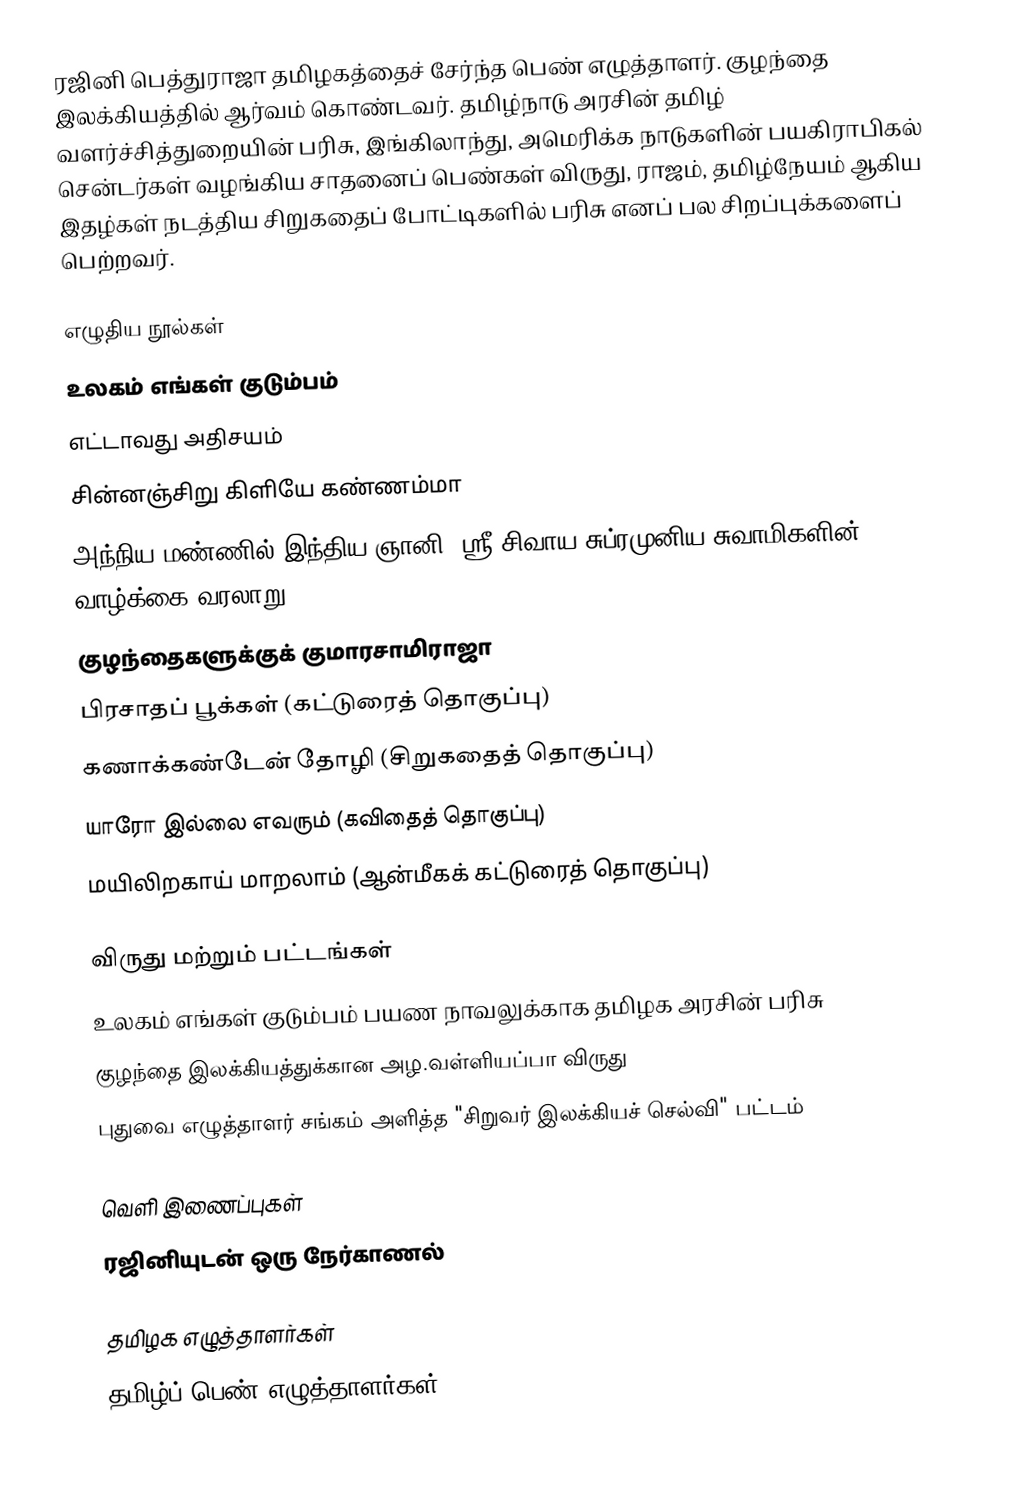
ரஜினி பெத்துராஜா  தமிழகத்தைச் சேர்ந்த பெண் எழுத்தாளர். குழந்தை இலக்கியத்தில் ஆர்வம் கொண்டவர்.  தமிழ்நாடு அரசின் தமிழ் வளர்ச்சித்துறையின் பரிசு, இங்கிலாந்து, அமெரிக்க நாடுகளின் பயகிராபிகல் சென்டர்கள் வழங்கிய சாதனைப் பெண்கள் விருது, ராஜம், தமிழ்நேயம் ஆகிய இதழ்கள் நடத்திய சிறுகதைப் போட்டிகளில் பரிசு எனப் பல சிறப்புக்களைப் பெற்றவர்.

எழுதிய நூல்கள்
உலகம் எங்கள் குடும்பம்
எட்டாவது அதிசயம்
சின்னஞ்சிறு கிளியே கண்ணம்மா
அந்நிய மண்ணில் இந்திய ஞானி (ஸ்ரீ சிவாய சுப்ரமுனிய சுவாமிகளின் வாழ்க்கை வரலாறு)
குழந்தைகளுக்குக் குமாரசாமிராஜா
பிரசாதப் பூக்கள் (கட்டுரைத் தொகுப்பு)
கணாக்கண்டேன் தோழி (சிறுகதைத் தொகுப்பு)
யாரோ இல்லை எவரும் (கவிதைத் தொகுப்பு)
மயிலிறகாய் மாறலாம் (ஆன்மீகக் கட்டுரைத் தொகுப்பு)

விருது மற்றும் பட்டங்கள்
உலகம் எங்கள் குடும்பம் பயண நாவலுக்காக தமிழக அரசின் பரிசு
குழந்தை இலக்கியத்துக்கான அழ.வள்ளியப்பா விருது
புதுவை எழுத்தாளர் சங்கம் அளித்த "சிறுவர் இலக்கியச் செல்வி" பட்டம்

வெளி இணைப்புகள்
 ரஜினியுடன் ஒரு நேர்காணல்

தமிழக எழுத்தாளர்கள்
தமிழ்ப் பெண் எழுத்தாளர்கள்